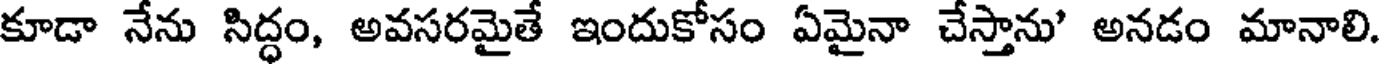
కూడా నేను సిద్ధం, అవసరమైతే ఇందుకోసం ఏమైనా చేస్తాను' అనడం మానాలి.